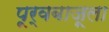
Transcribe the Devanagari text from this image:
पूर्वबाजूला